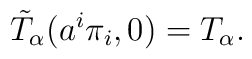
\tilde{T}_\alpha(a^i\pi_i,0) = T_\alpha .